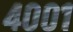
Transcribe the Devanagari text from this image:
४००१